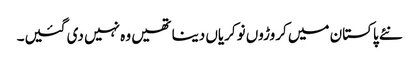
نئے پاکستان میں کروڑوں نوکریاں دینا تھیں وہ نہیں دی گئیں۔